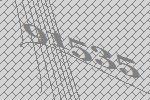
91535